Civil Veterinary Department. United Provinces 1923-31 - 1923-1931
Year: 1923
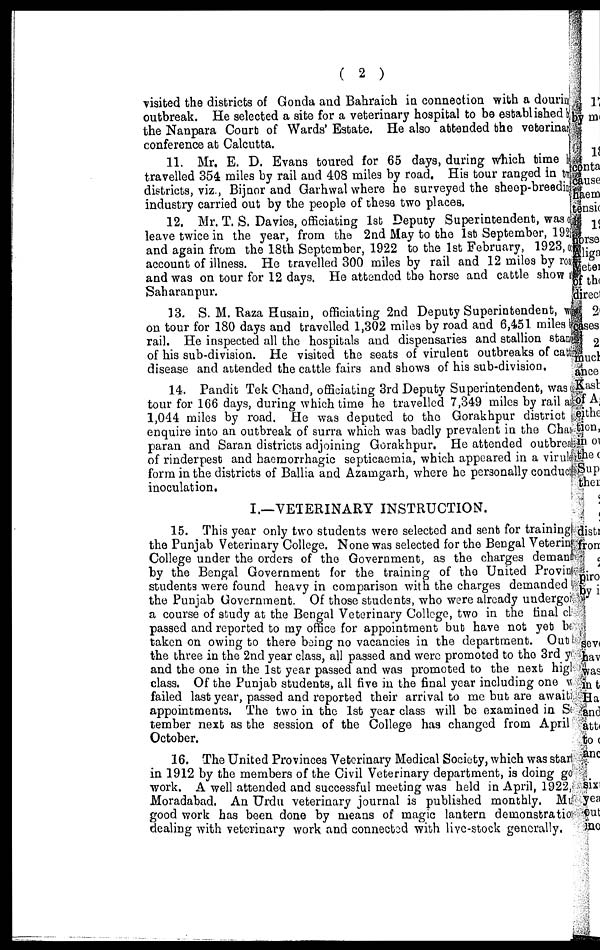
( 2 )
visited the districts of Gonda and Bahraich in connection with a dourin
outbreak. He selected a site for a veterinary hospital to bo established b
the Nanpara Court of Wards' Estate. He also attended the veterinary
conference at Calcutta.
11. Mr. E. D. Evans toured for 65 days, during which time 1
travelled 354 miles by rail and 408 miles by road. His tour ranged in by
districts, viz., Bijnor and Garhwal where he surveyed the sheep-breeding
industry carried out by the people of these two places.
12. Mr. T. S. Davies, officiating 1st Deputy Superintendent, was
leave twice in the year, from the 2nd May to the 1st September, 1925
and again from the 18th September, 1922 to the 1st February, 1923, c
account of illness. He travelled 300 miles by rail and 12 miles by road
and was on tour for 12 days. He attended the horse and cattle show a
Saharanpur.
13. S. M. Raza Husain, officiating 2nd Deputy Superintendent, w
on tour for 180 days and travelled 1,302 miles by road and 6,451 miles
rail. He inspected all the hospitals and dispensaries and stallion stan
of his sub-division. He visited the seats of virulent outbreaks of cattle
disease and attended the cattle fairs and shows of his sub-division.
14. Pandit Tek Chand, officiating 3rd Deputy Superintendent, wast
tour for 166 days, during which time he travelled 7,349 miles by rail at
1,044 miles by road. He was deputed to the Gorakhpur district
enquire into an outbreak of surra which was badly prevalent in the Chat
paran and Saran districts adjoining Gorakhpur. He attended outbres
of rinderpest and haemorrhagic septicaemia, which appeared in a virul
form in the districts of Ballia and Azamgarh, where he personally conduct
inoculation.
I.—VETERINARY INSTRUCTION.
15. This year only two students were selected and sent for training
the Punjab Veterinary College. None was selected for the Bengal Veterinary
College under the orders of the Government, as the charges deman
by the Bengal Government for the training of the United Provin
students were found heavy in comparison with the charges demanded
the Punjab Government. Of those students, who were already undergo
a course of study at the Bengal Veterinary College, two in the final c
passed and reported to my office for appointment but have not yet be
taken on owing to there being no vacancies in the department. Out
the three in the 2nd year class, all passed and were promoted to the 3rd y
and the one in the 1st year passed and was promoted to the next higl
class. Of the Punjab students, all five in the final year including one w
failed last year, passed and reported their arrival to me but are awaiti
appointments. The two in the 1st year class will be examined in S
tember next as the session of the College has changed from April
October.
16. The United Provinces Veterinary Medical Society, which was star
in 1912 by the members of the Civil Veterinary department, is doing go
work. A well attended and successful meeting was held in April, 1922,
Moradabad. An Urdu veterinary journal is published monthly. Mu
good work has been done by means of magic lantern demonstra tio
dealing with veterinary work and connected with live-stock generally.